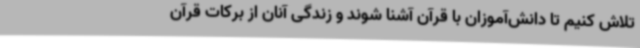
تلاش کنیم تا دانش‌آموزان با قرآن آشنا شوند و زندگی آنان از برکات قرآن